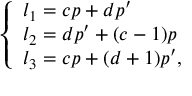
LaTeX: \left\{ \begin{array} { l } { { l _ { 1 } = c p + d p ^ { \prime } } } \\ { { l _ { 2 } = d p ^ { \prime } + ( c - 1 ) p } } \\ { { l _ { 3 } = c p + ( d + 1 ) p ^ { \prime } , } } \end{array} \right.